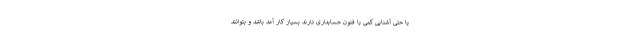
یا حتی آشنایی کمی با فنون حسابداری دارند بسیار کار آمد باشد و بتوانند